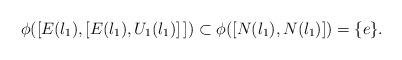
LaTeX: \begin{align*}\phi ( [ E(\l_1), [ E(\l_1), U_1 ( \l_1)] \,] )\subset \phi ([N(\l_1), N(\l_1)]) = \{e \}.\end{align*}